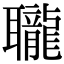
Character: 䏊